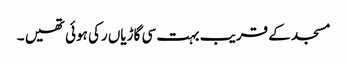
مسجد کے قریب بہت سی گاڑیاں رکی ہوئی تھیں ۔